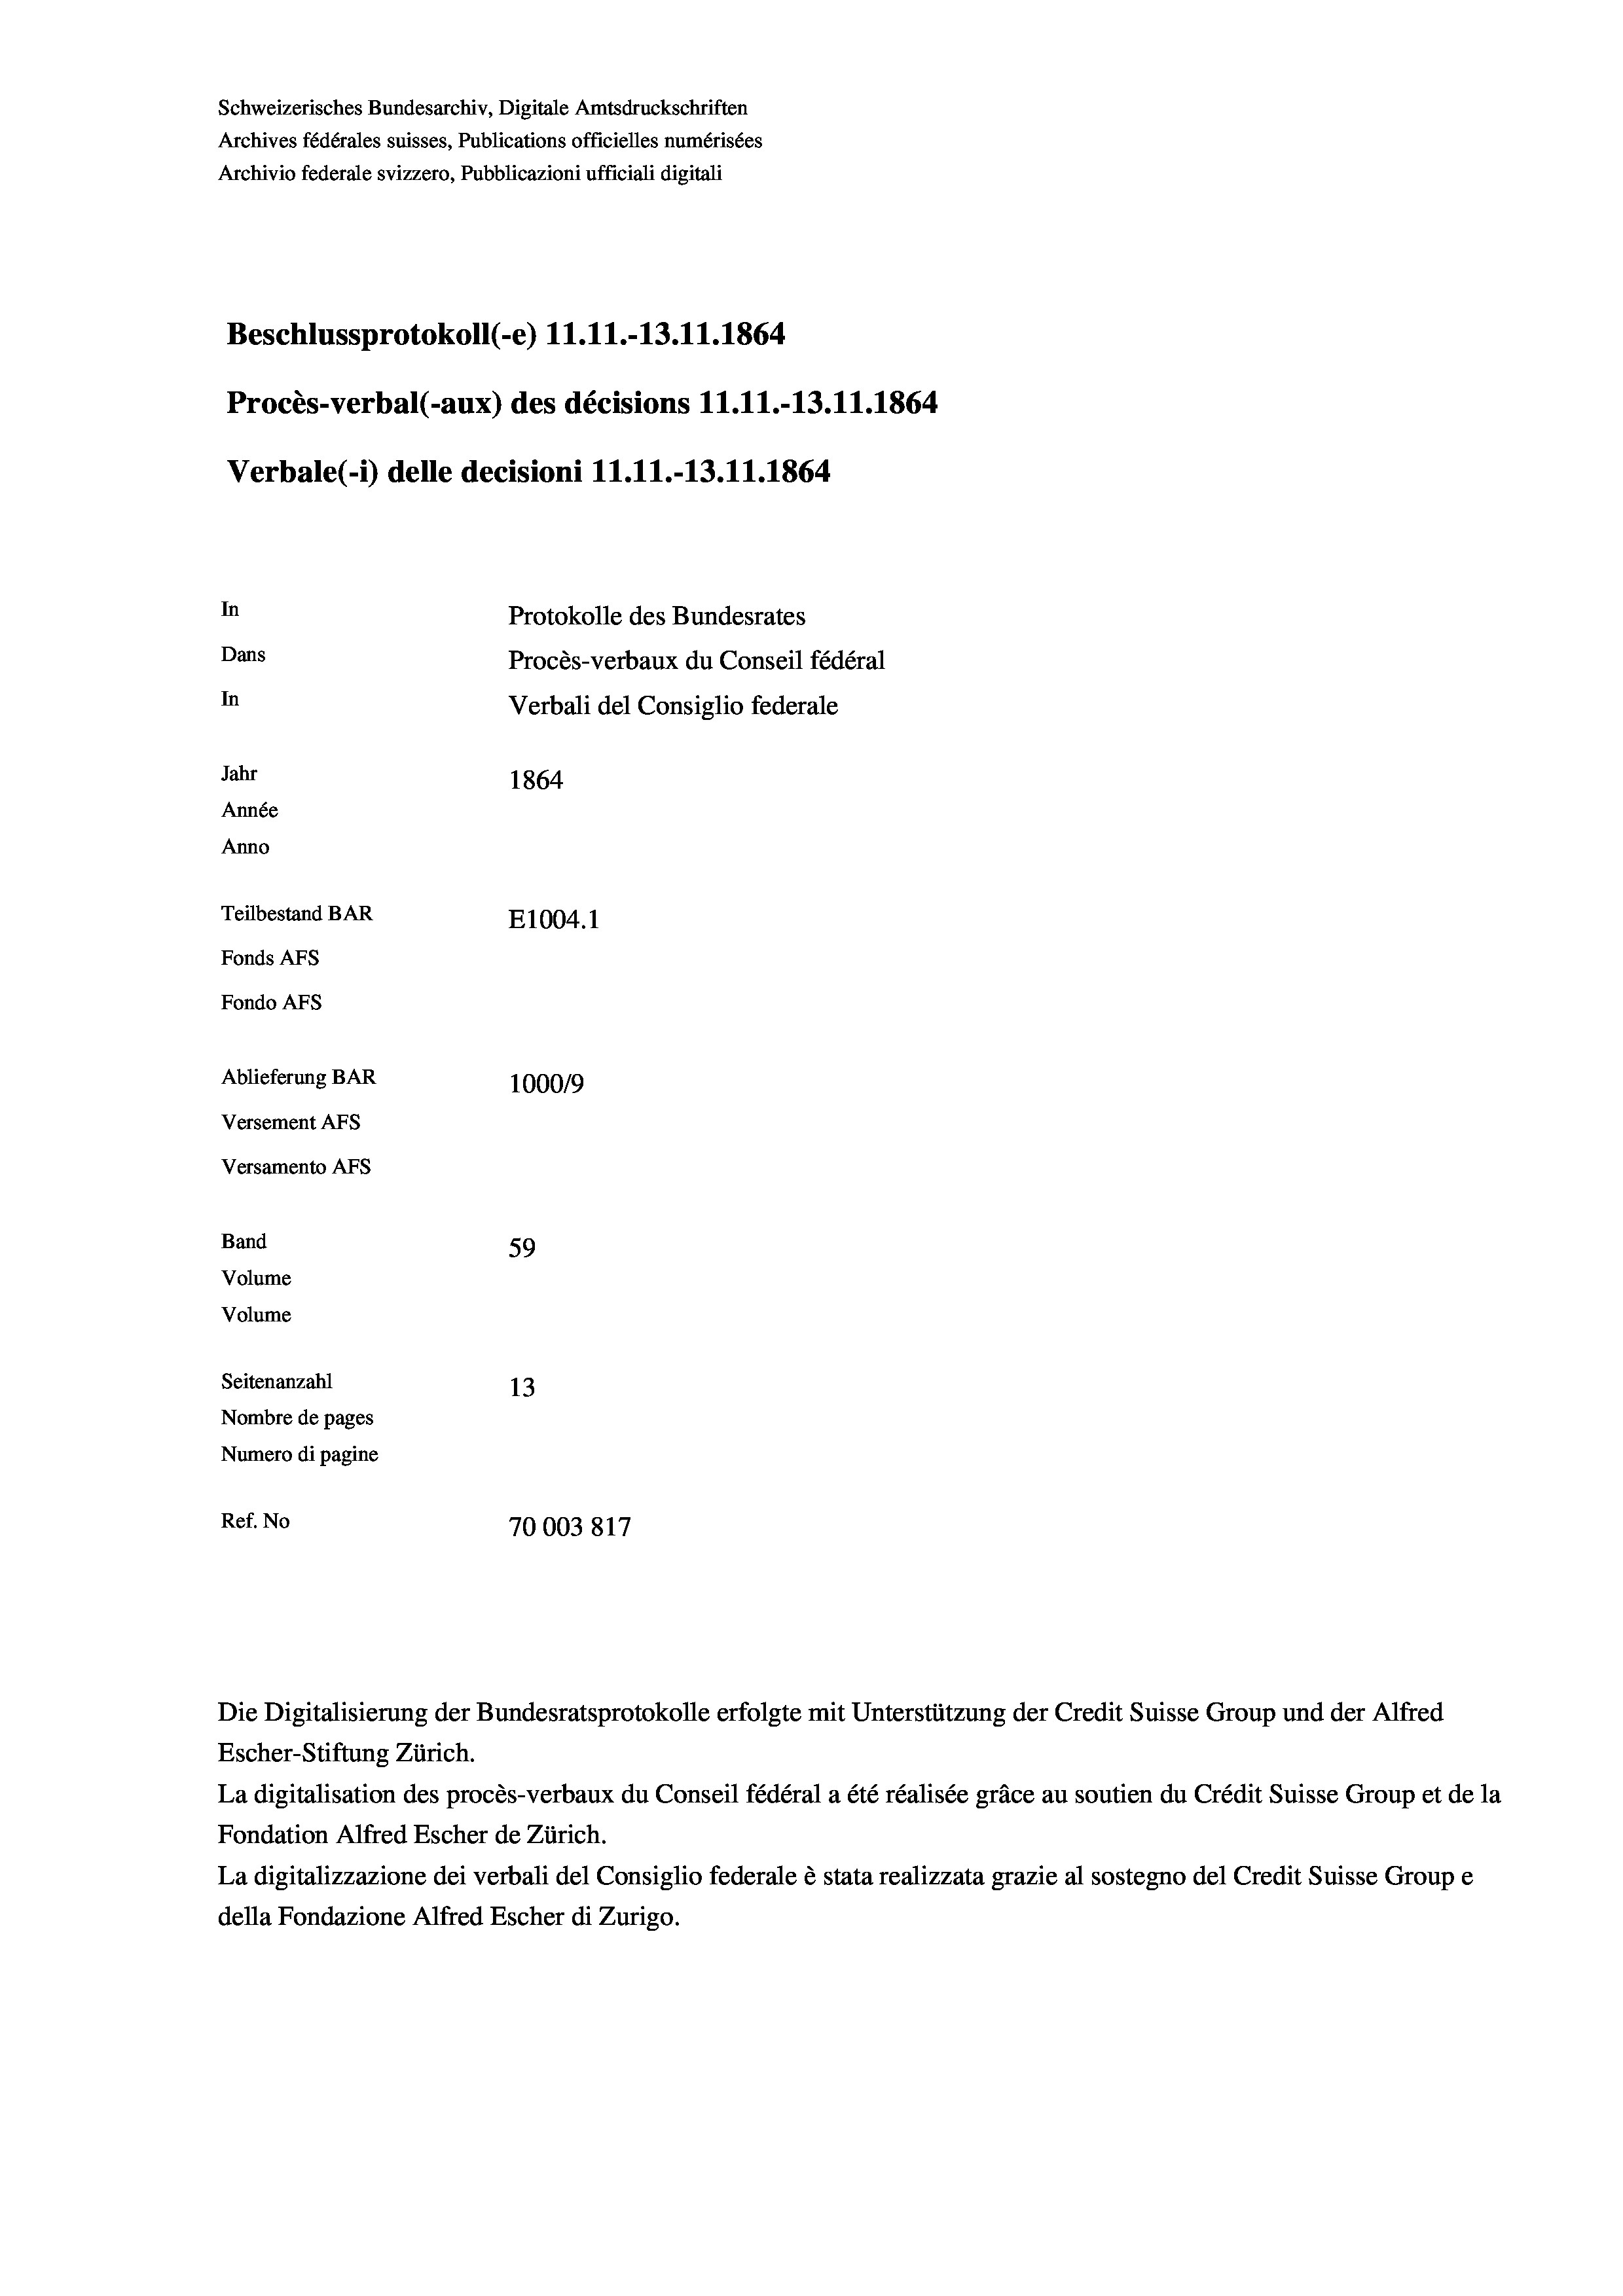
Schweizerisches Bundesarchiv, Digitale Amtsdruckschriften
Archives fédérales suisses, Publications officielles numérisées
Archivio federale svizzero, Pubblicazioni ufficiali digitali
Beschlussprotokoll (-e) 11.11.-13.11.1864
Procès-verbal (-aux) des décisions 11.11.-13.11.1864
Verbale (i) delle decisioni 11.11.-13.11.1864
In
Protokolle des Bundesrates
Dans
Procès-verbaux du Conseil fédéral
In
Verbali del Consiglio federale
Jahr
1864
Année
Anno
Teilbestand BAR
E1004.1
Fonds AFs
Fondo AFs
Ablieferung BAR
100019
Versement As
Versamento AFs
Band
59
Volume
Volume

Seitenanzahl
13
Nombre de pages
Numero di pagine
Ref. No
70003817

Escher-Stiftung Zürich.
La digitalisation des procès-verbaux du Conseil fédéral a été réalisée gräce au soutien du Crédit Suisse Group et de la
Fondation Alfred Escher de Zürich.
La digitalizzazione dei verbali del Consiglio federale è stata realizzata grazie al sostegno del Credit Suisse Groupe
della Fondazione Alfred Escher di Zurigo.

Die Digitalisierung der Bundesratsprotokolle erfolgte mit Unterstützung der Credit Suisse Group und der Alfred